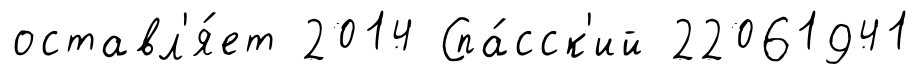
оставл'я́ет 2014 Спа́сск'ий 22061941